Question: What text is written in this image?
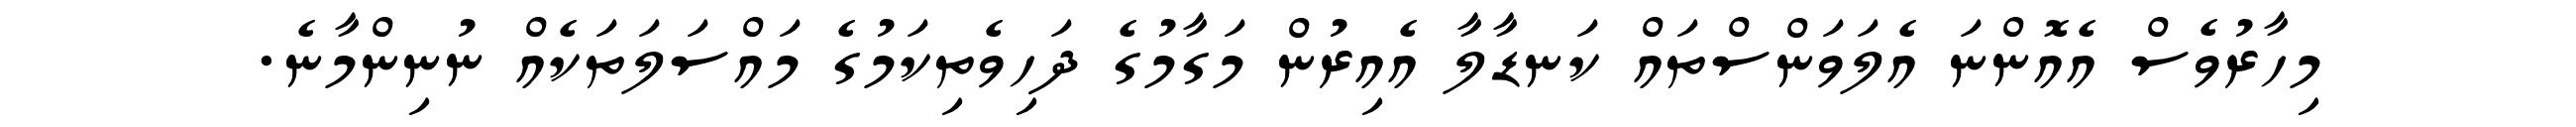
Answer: މިހާރުވެސް އެއޮންނަ އެލަވަންސްތައް ކަނޑާލާ އެއިރުން މަގާމުގެ ދަހިވެތިކަމުގެ މައްސަލަތަކެއް ނުނިންމާނެ.